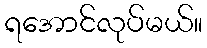
ရအောင်လုပ်မယ်။